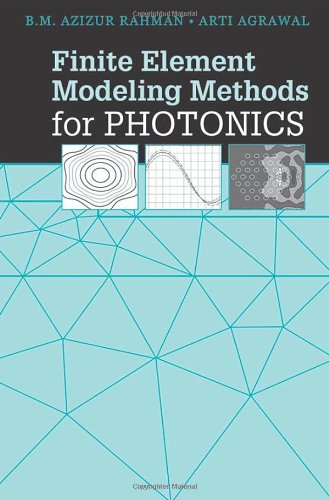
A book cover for Finite Element Modeling Methods for Photonics (Artech House Applied Photonics); B. M. Azizur Rahman; Science & Math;